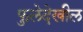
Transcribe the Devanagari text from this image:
फुलेदेखील